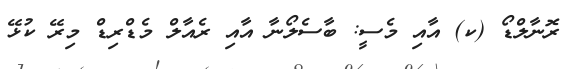
ރޮނާލްޑޯ (ކ) އާއި މެސީ: ބާސެލޯނާ އާއި ރެއާލް މެޑްރިޑް މިރޭ ކުޅޭ